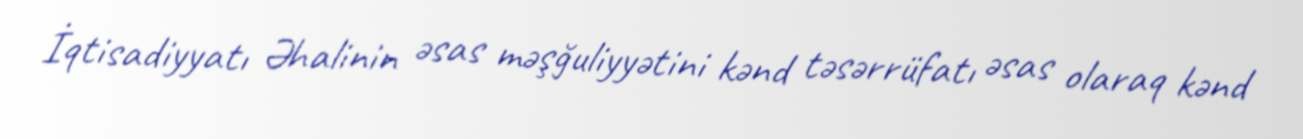
İqtisadiyyatı Əhalinin əsas məşğuliyyətini kənd təsərrüfatı əsas olaraq kənd